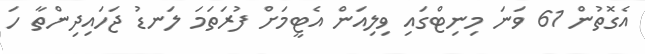
އެގޮތުން 61 ވަނަ މިނިޓްގައި ވިލިއަން އެޓީމަށް ފުރަތަމަ ލަނޑު ޖަހައިދިންތާ ހަ